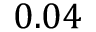
0 . 0 4